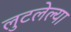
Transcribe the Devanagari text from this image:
लुटलेल्या